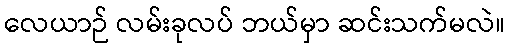
လေယာဉ် လမ်းခုလပ် ဘယ်မှာ ဆင်းသက်မလဲ။